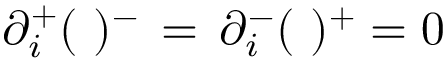
\partial _ { i } ^ { + } ( \ ) ^ { - } \, = \, \partial _ { i } ^ { - } ( \ ) ^ { + } = 0